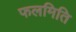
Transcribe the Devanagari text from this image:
फलमिति